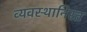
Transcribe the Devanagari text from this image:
व्यवस्थानिरत